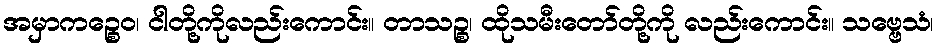
အမှာကဉ္စေဝ၊ ငါတို့ကိုလည်းကောင်း။ တာသဉ္စ၊ ထိုသမီးတော်တို့ကို လည်းကောင်း။ သဗ္ဗေသံ၊